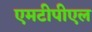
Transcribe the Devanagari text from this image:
एमटीपीएल